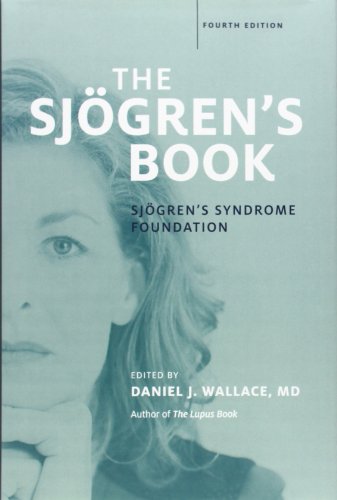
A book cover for The Sjogren's Book; Health, Fitness & Dieting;